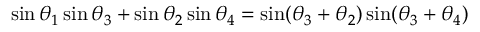
\sin \theta _ { 1 } \sin \theta _ { 3 } + \sin \theta _ { 2 } \sin \theta _ { 4 } = \sin ( \theta _ { 3 } + \theta _ { 2 } ) \sin ( \theta _ { 3 } + \theta _ { 4 } )